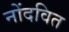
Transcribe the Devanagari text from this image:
नोंदवित